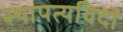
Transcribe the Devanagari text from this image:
स्थापत्यविदों